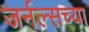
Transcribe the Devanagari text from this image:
जर्नल्सच्या